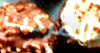
المركب